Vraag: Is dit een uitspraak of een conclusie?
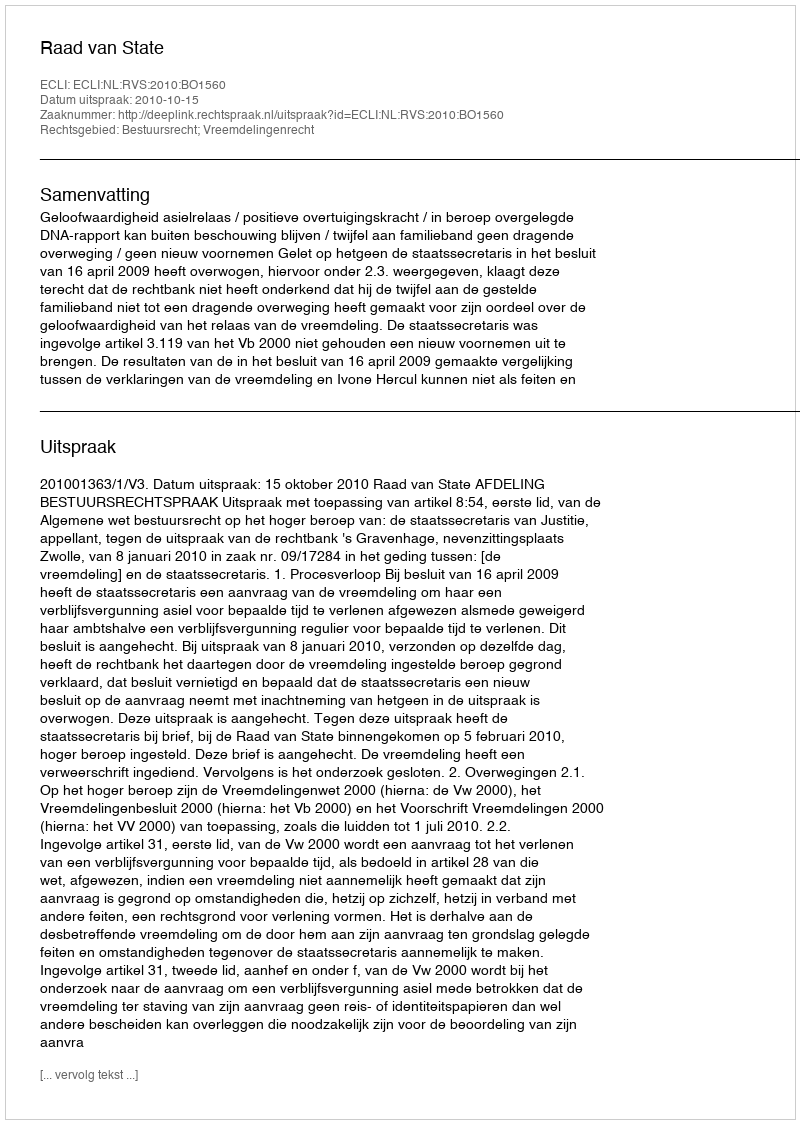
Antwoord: Uitspraak